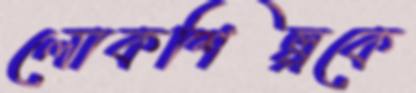
লোকশিল্পকে